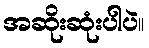
အဆိုးဆုံးပါပဲ။